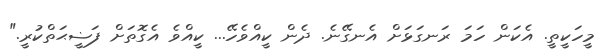
މީހަކީތީ. އެކަން ހަމަ ރަނގަޅަށް އެނގޭނެ. ދެން ކީއްވެހޭ... ކީއްވެ އެގޮތަށް ފަޟީޙަތްކުރީ."